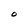
Character: O